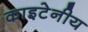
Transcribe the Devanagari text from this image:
काइटेनीय